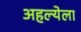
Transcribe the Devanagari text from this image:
अहल्येला